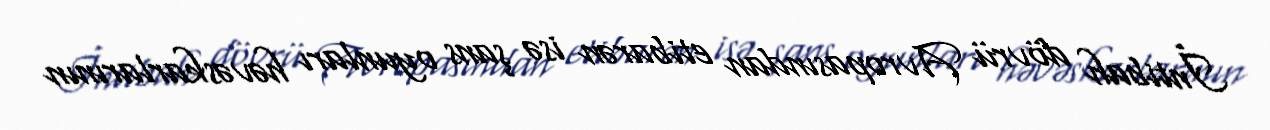
İntibah dövrü Avropasından etibarən isə şans oyunları həvəskarlarının